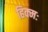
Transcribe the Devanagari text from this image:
हिक्मः